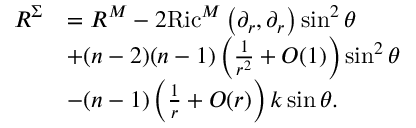
\begin{array} { r l } { R ^ { { \Sigma } } } & { = R ^ { M } - 2 \mathrm { R i c } ^ { M } \left( \partial _ { r } , \partial _ { r } \right) \sin ^ { 2 } \theta } \\ & { + ( n - 2 ) ( n - 1 ) \left( \frac { 1 } { r ^ { 2 } } + O ( 1 ) \right) \sin ^ { 2 } \theta } \\ & { - ( n - 1 ) \left( \frac { 1 } { r } + O ( r ) \right) k \sin \theta . } \end{array}